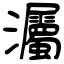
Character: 灟